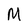
Character: M